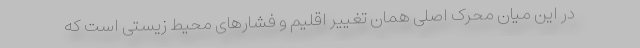
در این میان محرک اصلی همان تغییر اقلیم و فشارهای محیط زیستی است که